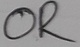
Text: OR